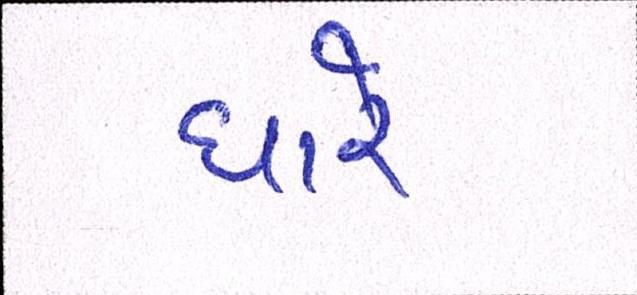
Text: ધારે